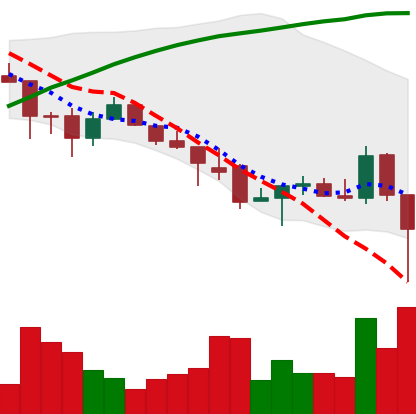
Ticker: ADA-USD
Chart end date: 2021-12-04
Forward return: -9.169%
Label: down_7plus